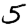
Digit: 5